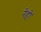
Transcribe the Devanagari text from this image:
नेहो